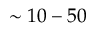
\sim 1 0 - 5 0